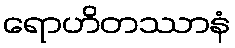
ရောဟိတဿာနံ